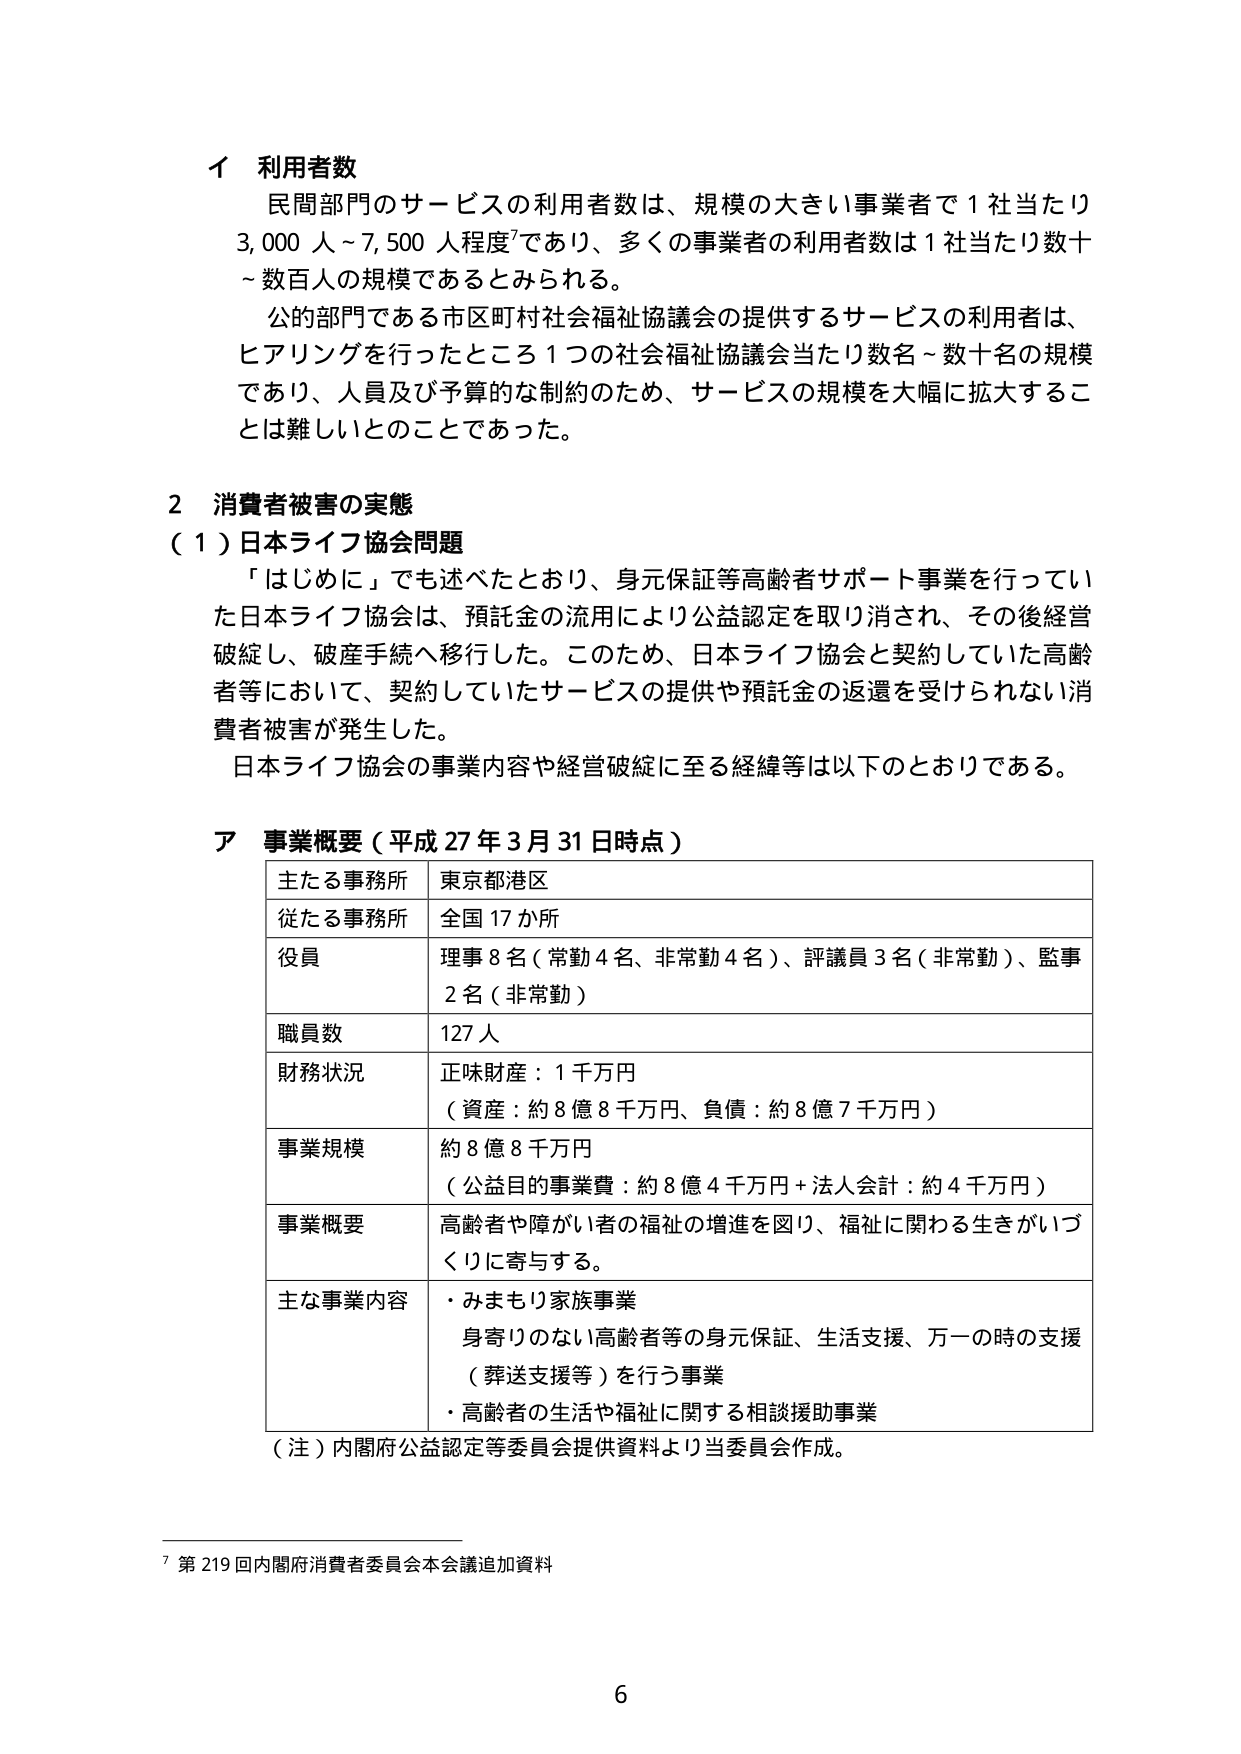
イ 利用者数
民間部門のサービスの利用者数は、規模の大きい事業者で１社当たり
3,000人～7,500人程度⁷であり、多くの事業者の利用者数は１社当たり数十
～数百人の規模であるとみられる。
公的部門である市区町村社会福祉協議会の提供するサービスの利用者は、
ヒアリングを行ったところ１つの社会福祉協議会当たり数名～数十名の規模
であり、人員及び予算的な制約のため、サービスの規模を大幅に拡大するこ
とは難しいとのことであった。

2 消費者被害の実態
（1）日本ライフ協会問題
「はじめに」でも述べたとおり、身元保証等高齢者サポート事業を行ってい
た日本ライフ協会は、預託金の流用により公益認定を取り消され、その後経営
破綻し、破産手続へ移行した。このため、日本ライフ協会と契約していた高齢
者等において、契約していたサービスの提供や預託金の返還を受けられない消
費者被害が発生した。
日本ライフ協会の事業内容や経営破綻に至る経緯等は以下のとおりである。

ア 事業概要（平成27年3月31日時点）
主たる事務所 東京都港区
従たる事務所 全国17か所
役員 理事8名（常勤4名、非常勤4名）、評議員3名（非常勤）、監事
2名（非常勤）
職員数 127人
財務状況 正味財産：1千万円
（資産：約8億8千万円、負債：約8億7千万円）
事業規模 約8億8千万円
（公益目的事業費：約8億4千万円＋法人会計：約4千万円）
事業概要 高齢者や障がい者の福祉の増進を図り、福祉に関わる生きがいづ
くりに寄与する。
主な事業内容 ・みまもり家族事業
身寄りのない高齢者等の身元保証、生活支援、万一の時の支援
（葬送支援等）を行う事業
・高齢者の生活や福祉に関する相談援助事業
（注）内閣府公益認定等委員会提供資料より当委員会作成。

⁷ 第219回内閣府消費者委員会本会議追加資料
6